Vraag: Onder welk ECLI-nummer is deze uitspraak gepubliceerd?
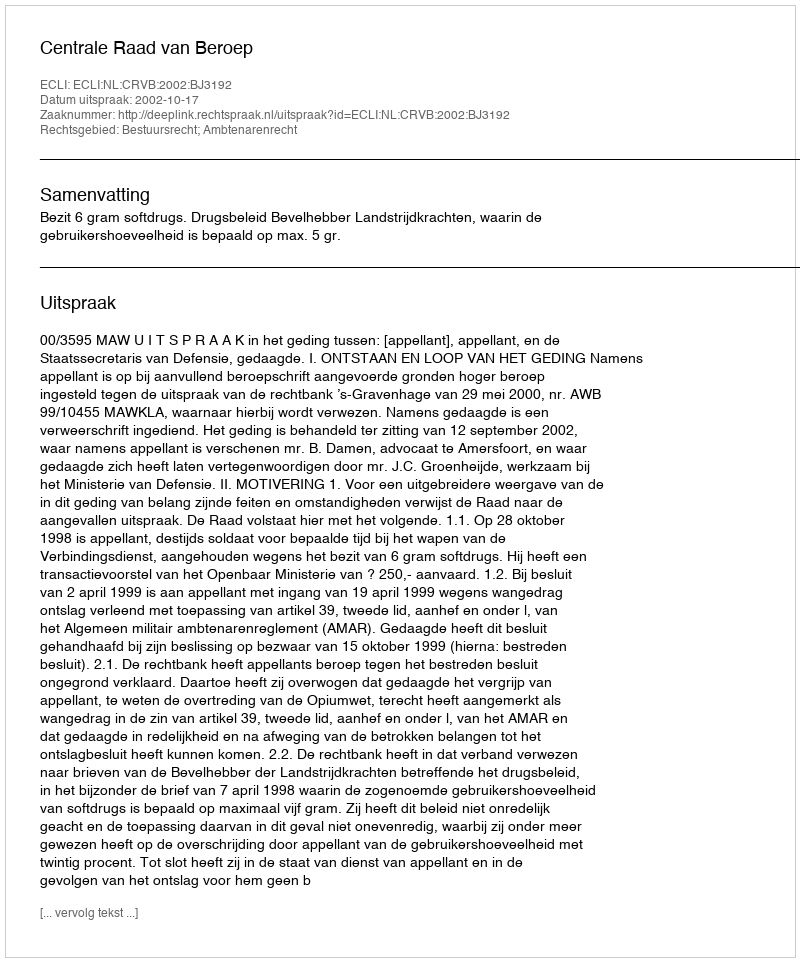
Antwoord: ECLI:NL:CRVB:2002:BJ3192